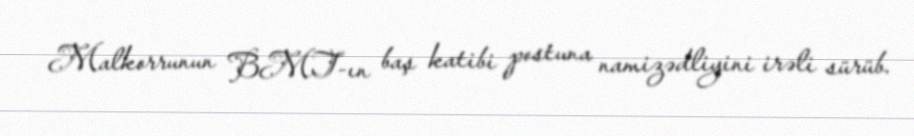
Malkorrunun BMT-ın baş katibi postuna namizədliyini irəli sürüb.